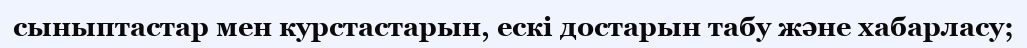
сыныптастар мен курстастарын, ескі достарын табу және хабарласу;